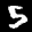
Label: 5